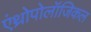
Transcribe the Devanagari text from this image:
एंथ्रोपोलॉजिकल